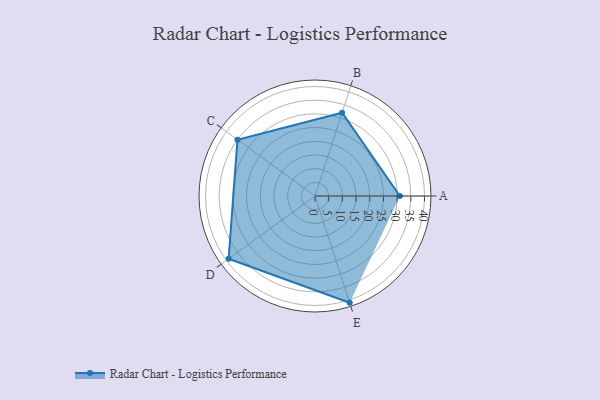
{"axis": {"x": "Skill", "y": "Score"}, "legend": ["Profile"], "data": [{"x": "A", "y": 31.0, "type": "Profile"}, {"x": "B", "y": 32.0, "type": "Profile"}, {"x": "C", "y": 35.0, "type": "Profile"}, {"x": "D", "y": 39.0, "type": "Profile"}, {"x": "E", "y": 41.0, "type": "Profile"}]}